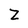
Character: Z